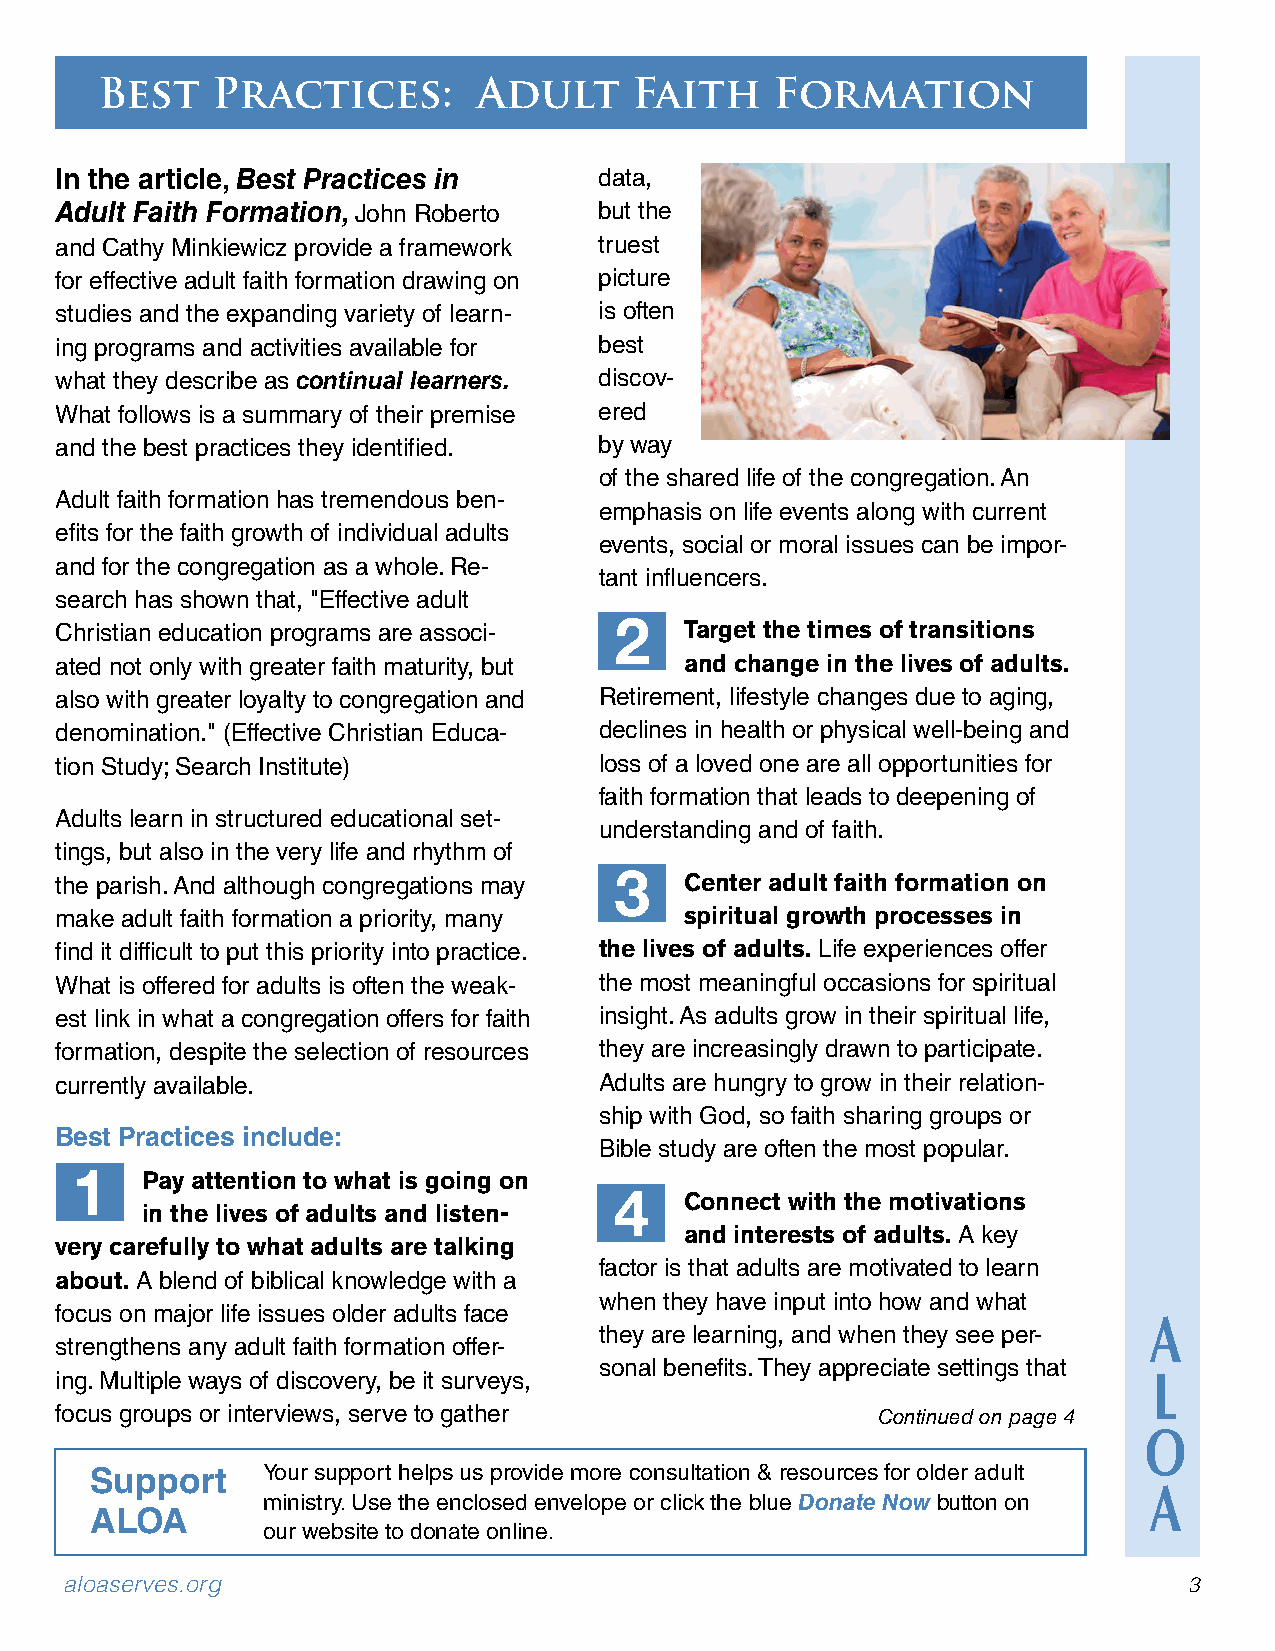
Best    Practices:        Adult     Faith    Formation
 In the article, Best Practices in   data,
 Adult Faith Formation, John Roberto but the
 and Cathy Minkiewicz provide a framework truest
 for effective adult faith formation drawing on picture
 studies and the expanding variety of learn- is often
 ing programs and activities available for best
 what they describe as continual learners. discov-
 What follows is a summary of their premise ered
 and the best practices they identified. by way
 of the shared life of the congregation. An
 Adult faith formation has tremendous ben-
 emphasis on life events along with current
 efits for the faith growth of individual adults
 events, social or moral issues can be impor-
 and for the congregation as a whole. Re-
 tant influencers.
 search has shown that, "Effective adult
 Christian education programs are associ- Target the times of transitions
 2
 ated not only with greater faith maturity, but and change in the lives of adults.
 also with greater loyalty to congregation and Retirement, lifestyle changes due to aging,
 denomination." (Effective Christian Educa- declines in health or physical well-being and
 tion Study; Search Institute)       loss of a loved one are all opportunities for
 faith formation that leads to deepening of
 Adults learn in structured educational set-
 understanding and of faith.
 tings, but also in the very life and rhythm of
 the parish. And although congregations may Center adult faith formation on
 3
 make adult faith formation a priority, many spiritual growth processes in
 find it difficult to put this priority into practice. the lives of adults. Life experiences offer
 What is offered for adults is often the weak- the most meaningful occasions for spiritual
 est link in what a congregation offers for faith insight. As adults grow in their spiritual life,
 formation, despite the selection of resources they are increasingly drawn to participate.
 currently available.                Adults are hungry to grow in their relation-
 ship with God, so faith sharing groups or
 Best Practices include:
 Bible study are often the most popular.
 Pay attention to what is going on
 1
 Connect with the motivations
 in the lives of adults and listen- 4
 and interests of adults. A key
 very carefully to what adults are talking
 factor is that adults are motivated to learn
 about. A blend of biblical knowledge with a
 when they have input into how and what
 focus on major life issues older adults face
 A
 they are learning, and when they see per-
 strengthens any adult faith formation offer-
 sonal benefits. They appreciate settings that
 ing. Multiple ways of discovery, be it surveys,                         L
 focus groups or interviews, serve to gather           Continued on page 4
 O
 Support    Your support helps us provide more consultation & resources for older adult
 A
 ministry. Use the enclosed envelope or click the blue Donate Now button on
 ALOA
 our website to donate online.
 aloaserves.org                                                             3